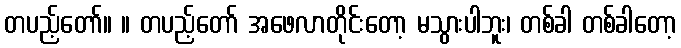
တပည့်တော်။ ။ တပည့်တော် အဖေလာတိုင်းတော့ မသွားပါဘူး၊ တစ်ခါ တစ်ခါတော့